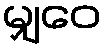
မျှဝေ